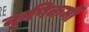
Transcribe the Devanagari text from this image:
कृषिकर्मी